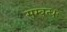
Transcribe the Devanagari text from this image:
सम्बन्धः